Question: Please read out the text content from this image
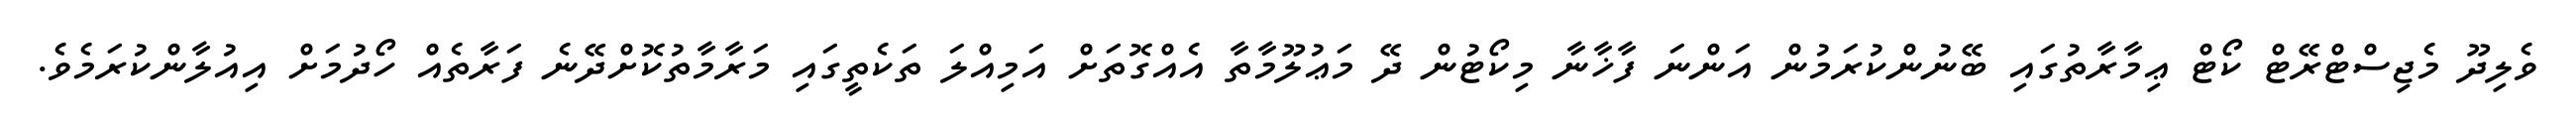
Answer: ވެލިދޫ މެޖިސްޓްރޭޓް ކޯޓް ޢިމާރާތުގައި ބޭނުންކުރަމުން އަންނަ ފާޚާނާ މިކޯޓުން ދޭ މަޢުލޫމާތާ އެއްގޮތަށް އަމިއްލަ ތަކެތީގައި މަރާމާތުކޮށްދޭނެ ފަރާތެއް ހޯދުމަށް އިއުލާންކުރަމެވެ.